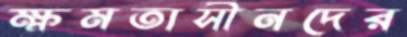
ক্ষমতাসীনদের